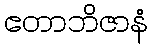
ဧတာဘိဇာနံ